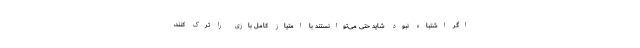
اگر اشتباه نبود شاید حتی می‌توانستند با امتیاز کامل بازی را ترک کنند،